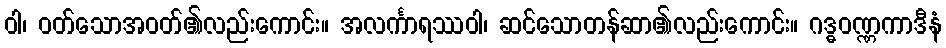
ဝါ၊ ဝတ်သောအဝတ်၏လည်းကောင်း။ အလင်္ကာရဿဝါ၊ ဆင်သောတန်ဆာ၏လည်းကောင်း။ ဂဒ္ဓဝဏ္ဏကာဒီနံ